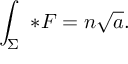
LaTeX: \int _ { \Sigma } \ { * } { \cal F } = n \sqrt { a } .